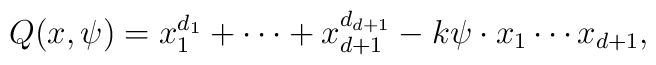
Q(x,\psi) =  x_1^{d_1} + \cdots + x_{d+1}^{d_{d+1}} - k \psi \cdot x_1\cdots x_{d+1},